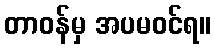
တာဝန်မှ အပမဝင်ရ။